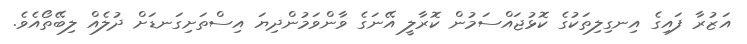
އަޒުރާ ފައިގެ އިނގިލިތަކުގެ ކޮޅުޖައްސަމުން ކޮރާލީ އޭނަގެ ވާންވަމުންދިޔަ އިސްތަށިގަނޑަށް ދުލެއް ލިބޭތޯއެވެ.